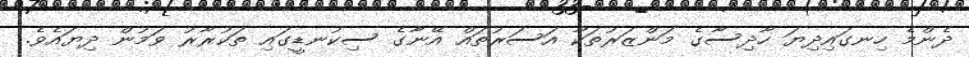
ދެންމެ ހިނގައިދިޔަ ހާދިސާގެ މަންޒަރުތަކާ އަސަރުތައް އޭނާގެ ސިކުނޑީގައި ތަކުރާރު ވަމުން ދިޔައެވެ.